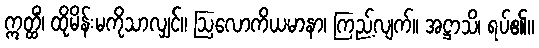
ဣတ္ထိံ၊ ထိုမိန်းမကိုသာလျှင်။ ဩလောကိယမာနာ၊ ကြည့်လျက်။ အဋ္ဌာသိ၊ ရပ်၏။